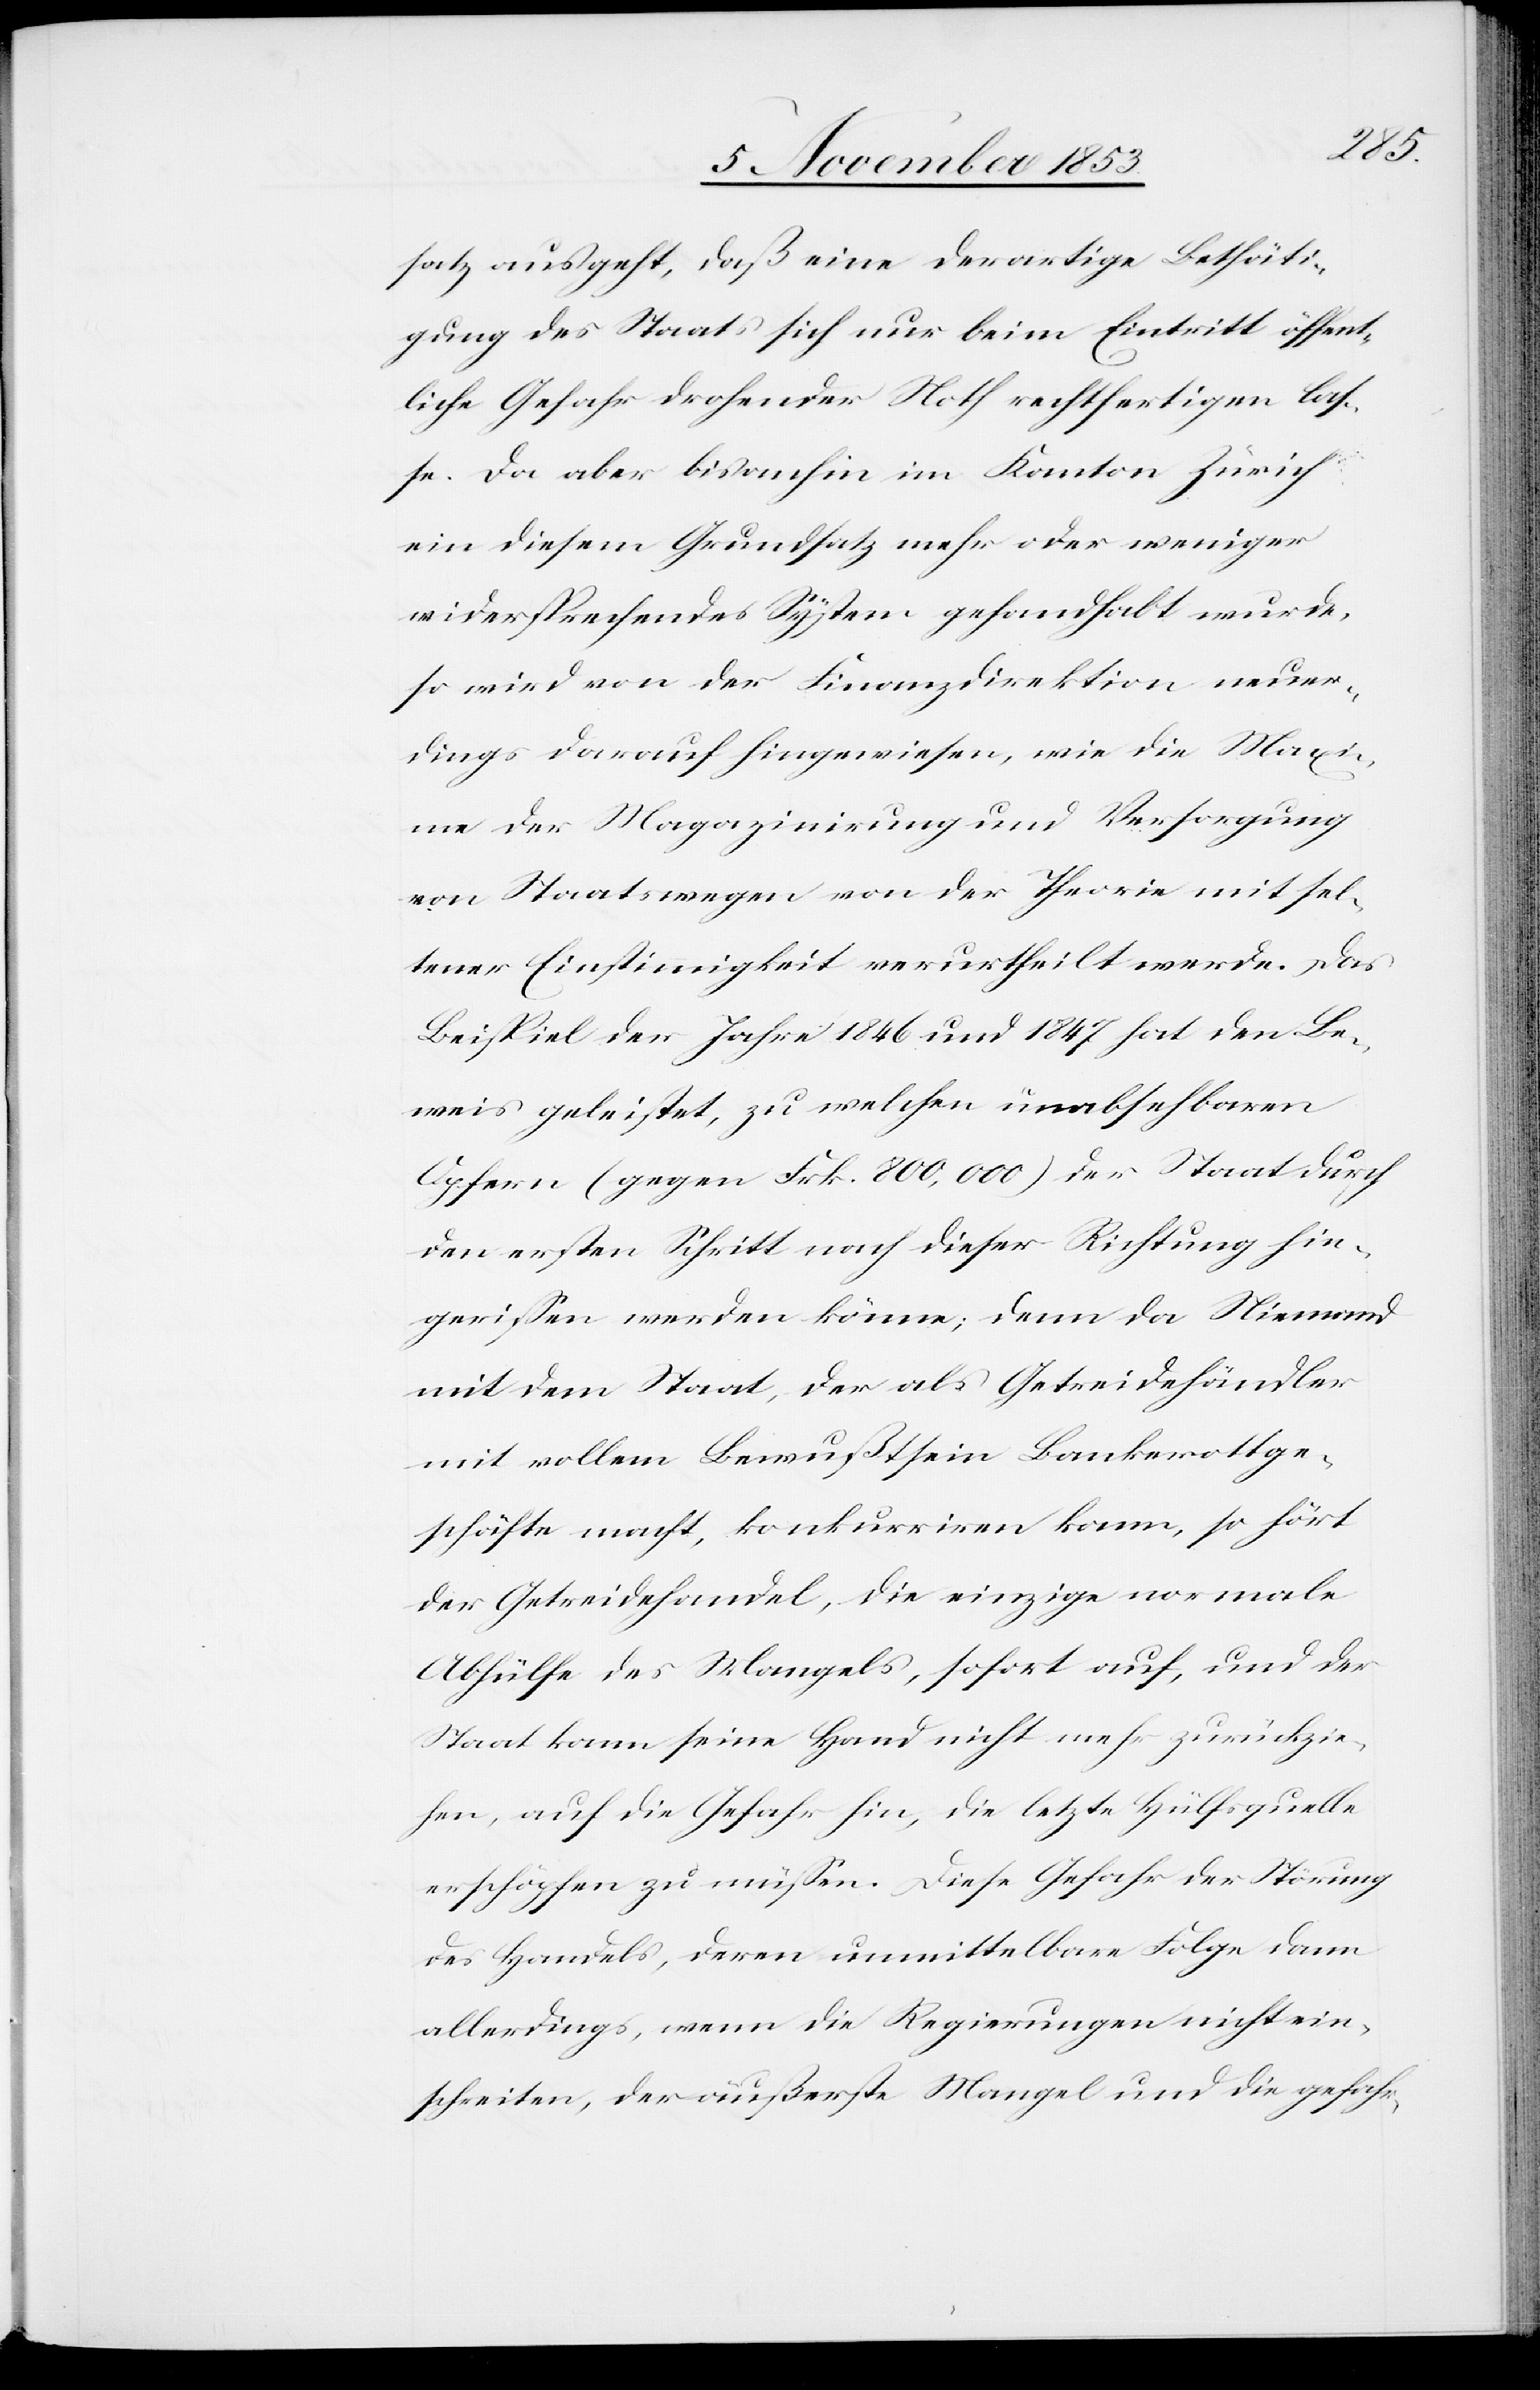
satz ausgeht, daß eine derartige Bethäti¬
gung des Staats sich nur beim Eintritt öffent¬
liche Gefahr drohender Noth rechtfertigen las¬
se. Da aber bisanhin im Kanton Zürich
ein diesem Grundsatz mehr oder weniger
widersprechendes System gehandhabt wurde,
so wird von der Finanzdirektion neuer¬
dings darauf hingewiesen, wie die Maxi¬
me der Magazinirung und Versorgung
von Staatswegen von der Theorie mit sel¬
tener Einstimmigkeit verurtheilt werde. Das
Beispiel der Jahre 1846 und 1847 hat den Be¬
weis geleistet, zu welchen unabsehbaren
Opfern (gegen Frk. 800,000) der Staat durch
den ersten Schritt nach dieser Richtung hin¬
gerissen werden könne; denn da Niemand
mit dem Staat, der als Getreidehändler
mit vollem Bewußtsein Bankerottge¬
schäfte macht, konkurriren kann, so hört
der Getreidehandel, die einzige normale
Abhülfe des Mangels, sofort auf, und der
Staat kann seine Hand nicht mehr zurückzie¬
hen, auf die Gefahr hin, die letzte Hülfsquelle
erschöpfen zu müßen. Diese Gefahr der Störung
des Handels, deren unmittelbare Folge dann
allerdings, wenn die Regierungen nicht ein¬
schreiten, der äußerste Mangel und die gefahr-